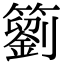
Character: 䉧